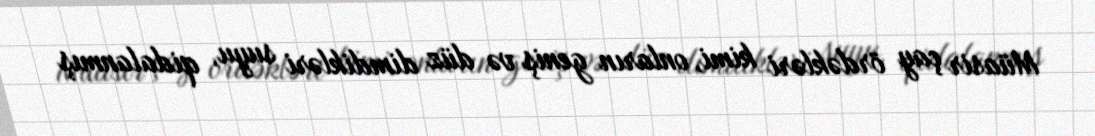
Müasir çay ördəkləri kimi, onların geniş və düz dimdikləri suyu, qidalanmış